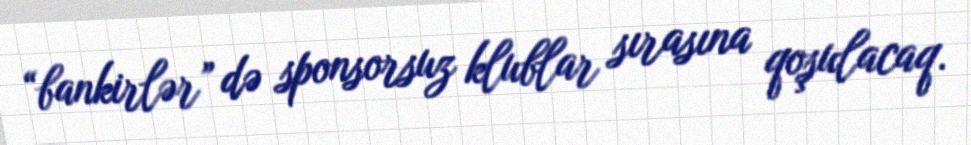
“bankirlər” də sponsorsuz klublar sırasına qoşulacaq.